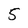
Character: 5